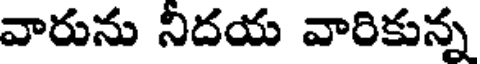
వారును నిదయ వారికున్న